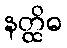
နတ္ထိဓ